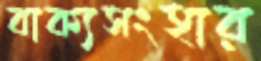
বাক্যসংহার